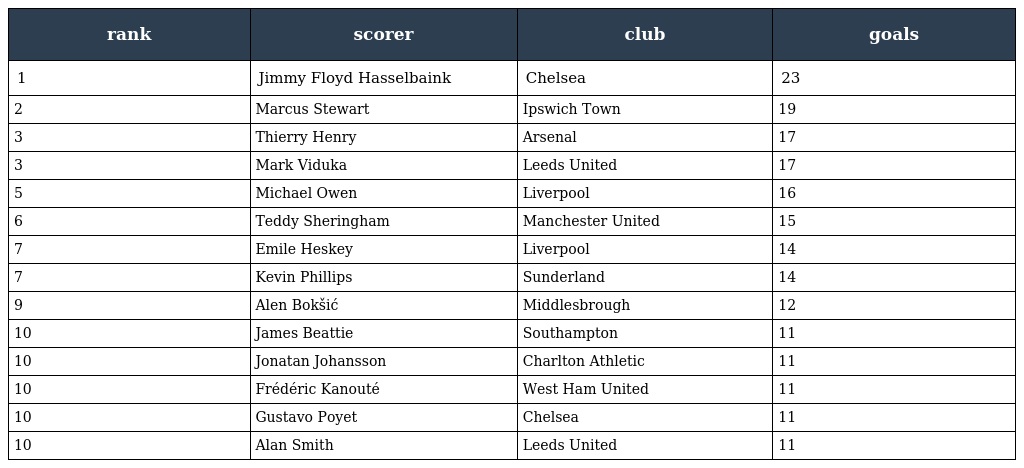
| rank | scorer | club | goals |
 | --- | --- | --- | --- |
 | 1 | Jimmy Floyd Hasselbaink | Chelsea | 23 |
 | 2 | Marcus Stewart | Ipswich Town | 19 |
 | 3 | Thierry Henry | Arsenal | 17 |
 | 3 | Mark Viduka | Leeds United | 17 |
 | 5 | Michael Owen | Liverpool | 16 |
 | 6 | Teddy Sheringham | Manchester United | 15 |
 | 7 | Emile Heskey | Liverpool | 14 |
 | 7 | Kevin Phillips | Sunderland | 14 |
 | 9 | Alen Bokšić | Middlesbrough | 12 |
 | 10 | James Beattie | Southampton | 11 |
 | 10 | Jonatan Johansson | Charlton Athletic | 11 |
 | 10 | Frédéric Kanouté | West Ham United | 11 |
 | 10 | Gustavo Poyet | Chelsea | 11 |
 | 10 | Alan Smith | Leeds United | 11 |